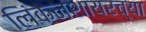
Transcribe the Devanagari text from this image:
लिंकनशायरच्या